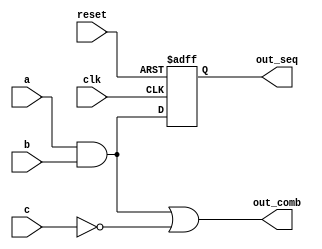
module example_logic (
    input wire clk,                // Clock input
    input wire reset,              // Asynchronous reset input
    input wire a, b, c,           // Combinational inputs
    output reg out_comb,           // Combinational output
    output reg out_seq             // Sequential output
);

// Combinational Logic
always @* begin
    // Simple combinational logic example (AND, OR, NOT)
    out_comb = (a & b) | (~c);
end

// Sequential Logic
always @(posedge clk or posedge reset) begin
    if (reset) begin
        out_seq <= 1'b0;           // Reset the sequential output
    end else begin
        out_seq <= a & b;          // Update the sequential output based on inputs
    end
end

endmodule